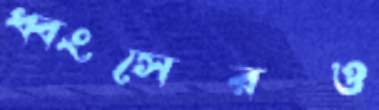
ধ্বংসেরও